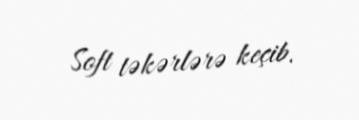
Soft təkərlərə keçib.